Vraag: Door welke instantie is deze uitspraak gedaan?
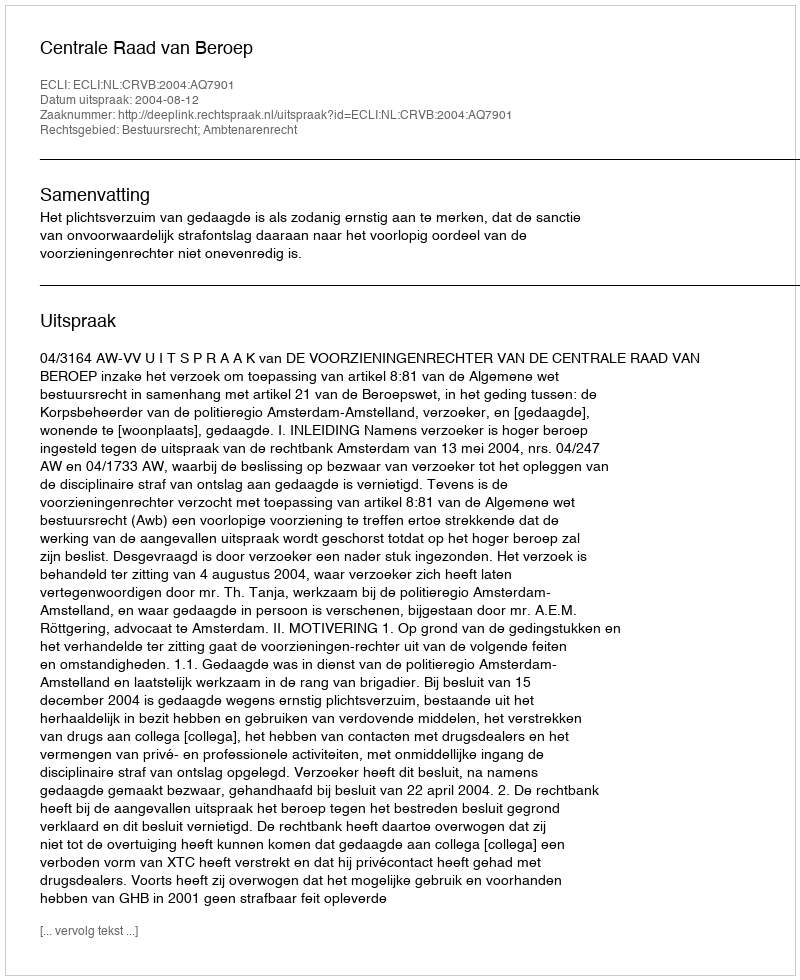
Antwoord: Centrale Raad van Beroep